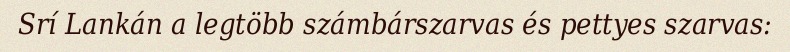
Srí Lankán a legtöbb számbárszarvas és pettyes szarvas: